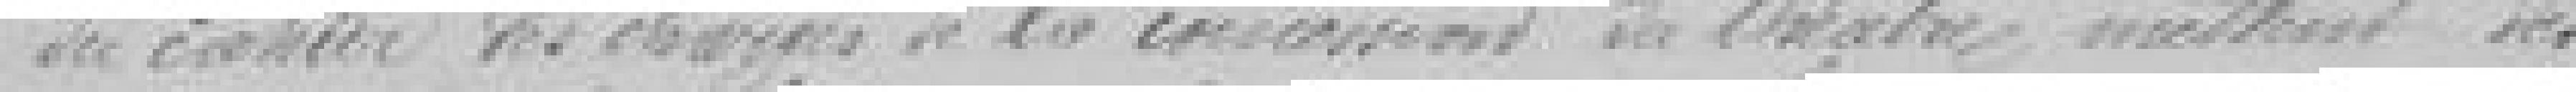
du cahier des charges de la concession du théâtre mettent des